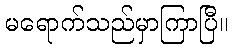
မရောက်သည်မှာကြာပြီ။